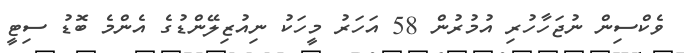
ވެކްސިން ނުޖަހާހުރި އުމުރުން 58 އަހަރު މީހަކު ނިއުޒިލޭންޑުގެ އެންމެ ބޮޑު ސިޓީ